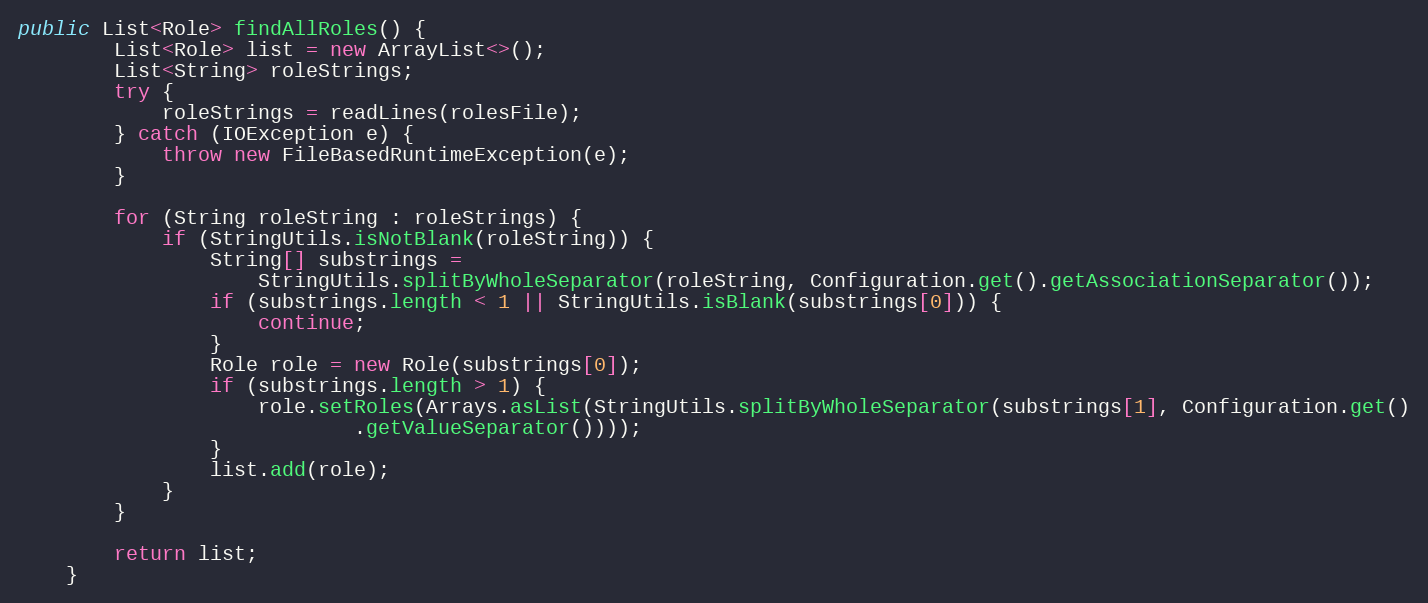
Language: Java
public List<Role> findAllRoles() {
        List<Role> list = new ArrayList<>();
        List<String> roleStrings;
        try {
            roleStrings = readLines(rolesFile);
        } catch (IOException e) {
            throw new FileBasedRuntimeException(e);
        }

        for (String roleString : roleStrings) {
            if (StringUtils.isNotBlank(roleString)) {
                String[] substrings =
                    StringUtils.splitByWholeSeparator(roleString, Configuration.get().getAssociationSeparator());
                if (substrings.length < 1 || StringUtils.isBlank(substrings[0])) {
                    continue;
                }
                Role role = new Role(substrings[0]);
                if (substrings.length > 1) {
                    role.setRoles(Arrays.asList(StringUtils.splitByWholeSeparator(substrings[1], Configuration.get()
                            .getValueSeparator())));
                }
                list.add(role);
            }
        }

        return list;
    }